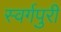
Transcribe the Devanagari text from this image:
स्वर्गपुरी